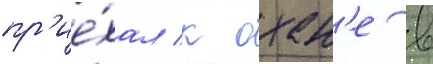
пр'ие́хал к охан'е в